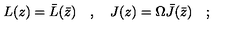
L ( z ) = \bar { L } ( \bar { z } ) \quad , \quad J ( z ) = \Omega \bar { J } ( \bar { z } ) \quad ;